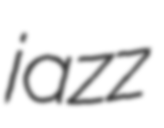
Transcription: jazz